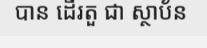
បាន ដើរតួ ជា ស្ថាប័ន